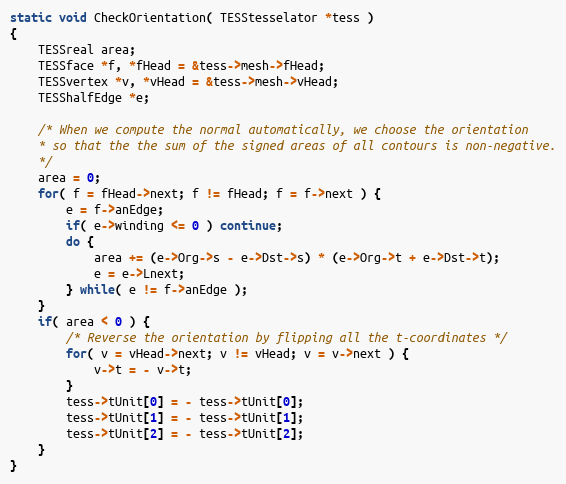
Language: C
static void CheckOrientation( TESStesselator *tess )
{
	TESSreal area;
	TESSface *f, *fHead = &tess->mesh->fHead;
	TESSvertex *v, *vHead = &tess->mesh->vHead;
	TESShalfEdge *e;

	/* When we compute the normal automatically, we choose the orientation
	* so that the the sum of the signed areas of all contours is non-negative.
	*/
	area = 0;
	for( f = fHead->next; f != fHead; f = f->next ) {
		e = f->anEdge;
		if( e->winding <= 0 ) continue;
		do {
			area += (e->Org->s - e->Dst->s) * (e->Org->t + e->Dst->t);
			e = e->Lnext;
		} while( e != f->anEdge );
	}
	if( area < 0 ) {
		/* Reverse the orientation by flipping all the t-coordinates */
		for( v = vHead->next; v != vHead; v = v->next ) {
			v->t = - v->t;
		}
		tess->tUnit[0] = - tess->tUnit[0];
		tess->tUnit[1] = - tess->tUnit[1];
		tess->tUnit[2] = - tess->tUnit[2];
	}
}